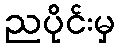
ညပိုင်းမှ